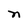
Character: n